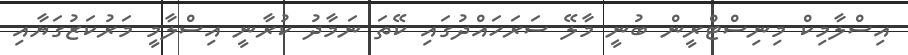
އިސްލާމިކް މިނިސްޓްރީން ބުނީ މާލޭ ސަރަހައްދުގައި ކޭތަ ނަމާދު ކުރާނީ އިސްލާމީ މަރުކަޒުގަޔާއި